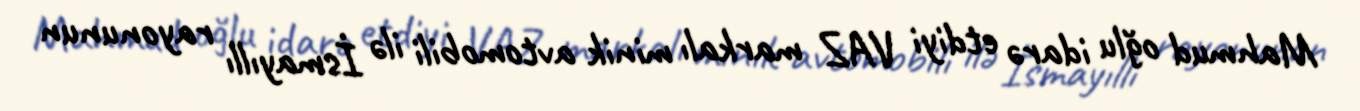
Mahmud oğlu idarə etdiyi VAZ markalı minik avtomobili ilə İsmayıllı rayonunun